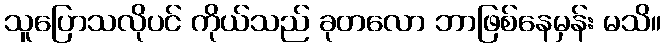
သူပြောသလိုပင် ကိုယ်သည် ခုတလော ဘာဖြစ်နေမှန်း မသိ။